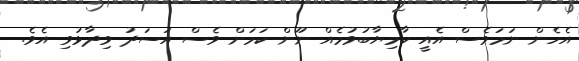
އެހެން ނަމަވެސް އެއީ ކާމިޔާބުވުމެއް ނޫން ކަމަށް ވެސް އަސަދު ވިދާޅުވި އެވެ.